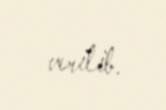
verilib.